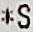
*S